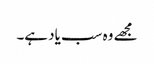
مجھے وہ سب یاد ہے۔